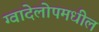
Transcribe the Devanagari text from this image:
ग्वादेलोपमधील